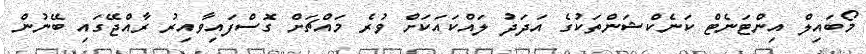
މޯބައިލް އިންޓަނެޓް ކަނެކްޝަންތަކުގެ އަދަދު ލައްކައަކަށް ވުރެ މައްޗަށް ގޮސްފައިވާއިރު ރާއްޖޭގައި ބޭނުން